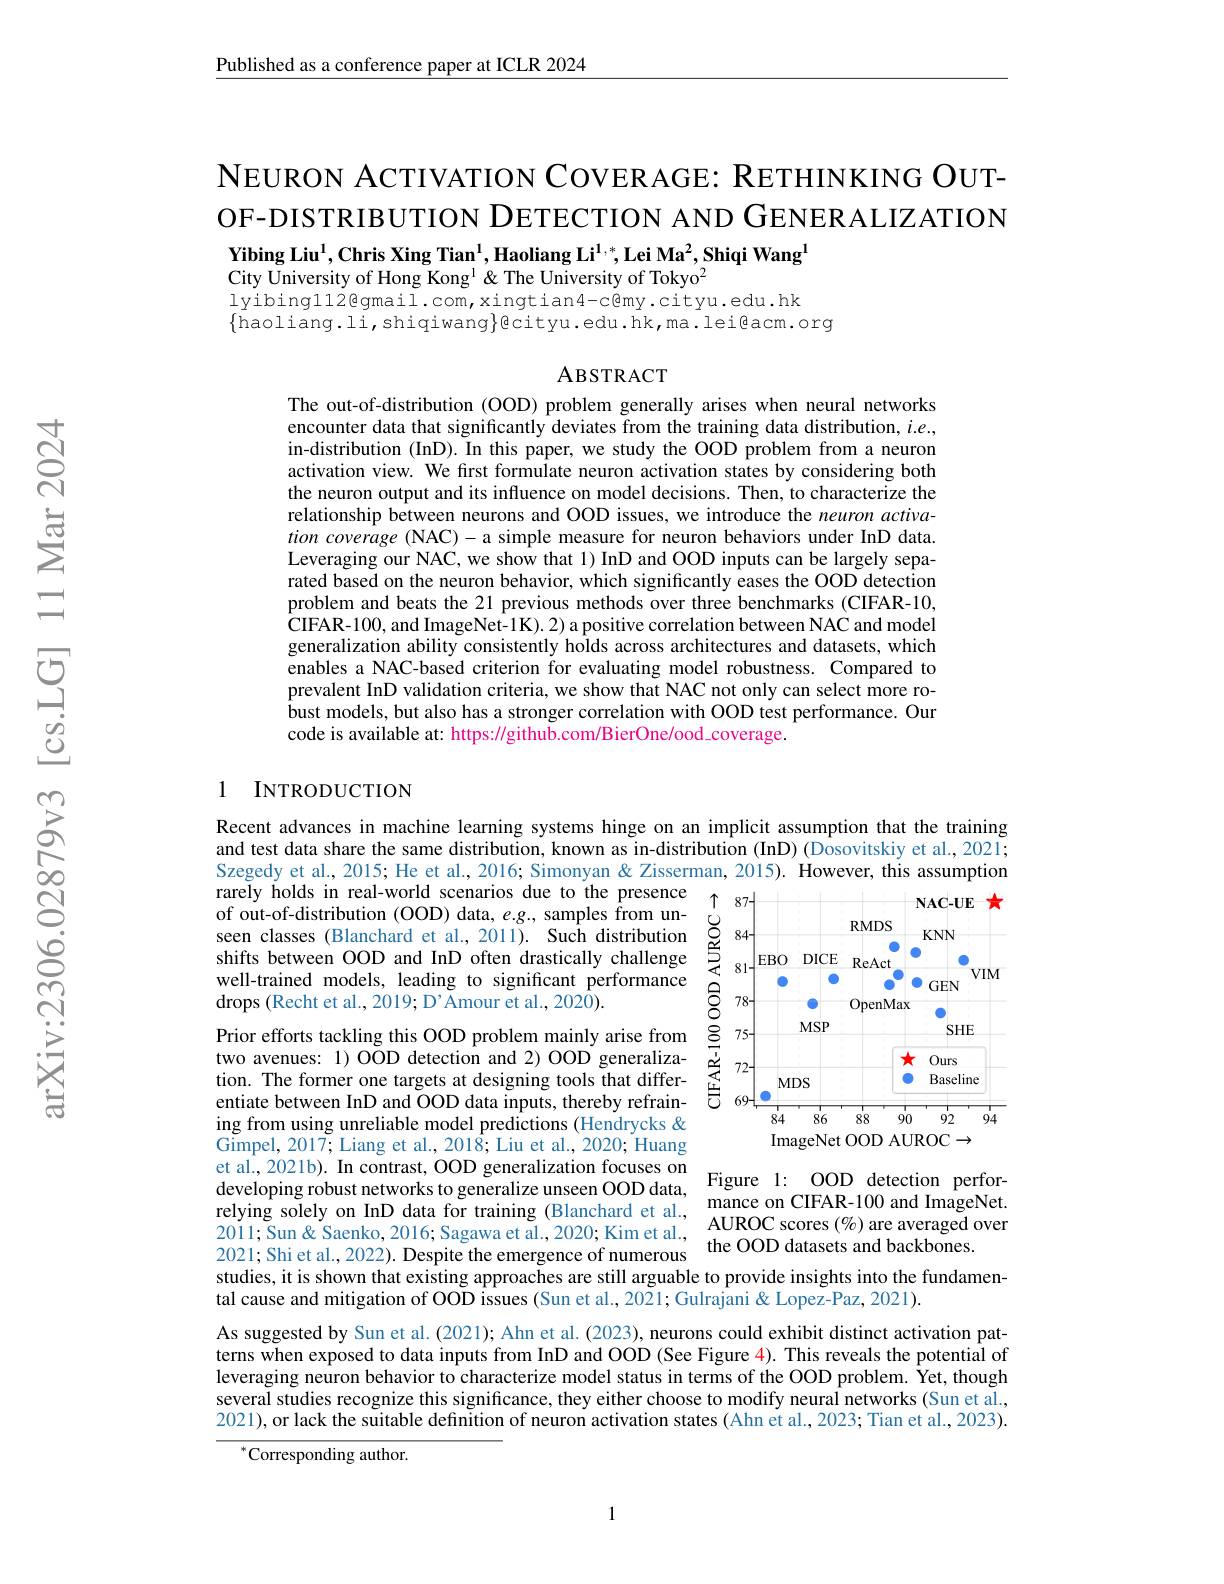
Published as a conference paper at ICLR 2024

NEURON ACTIVATION COVER AGE: RETHINKING OUTOF-DISTRIBUTION DETECTION AND GENERALIZATION Yibing Liu$^1$,Chris Xing Tian$^1$,Haoliang Li$^1,*$,Lei Ma$^2$,Shiqi Wang$^1$
City University of Hong Kong l & The University of Tokyo$^2$

lyibingll2@gmail.com,xingtian4-c@my.cityu.edu.hk
$\{$haoliang.li,shiqiwang$\}$@cityu.edu.hk,ma.lei@acm.org

### ABSTRACT

The out-of-distribution (OOD) problem generally arises when neural networks encounter data that significantly deviates from the training data distribution, $i.e.$, in-distribution (InD). In this paper, we study the OOD problem from a neuron activation view. We frst formulate neuron activation states by considering both the neuron output and its influence on model decisions. Then, to characterize the relationship between neurons and OOD issues, we introduce the neuron activation coverage (NAC)-a simple measure for neuron behaviors under InD data. Leveraging our NAC, we show that 1) InD and OOD inputs can be largely separated based on the neuron behavior, which significantly eases the OOD detection problem and beats the 21 previous methods over three benchmarks (CIFAR-10, $\hat{\mathbf{C}}$IFAR-100, and ImageNet-1K). 2) a positive correlation between NAC and model generalization ability consistently holds across architectures and datasets, which enables a NAC-based criterion for evaluating model robustness. Compared to prevalent InD validation criteria, we show that NAC not only can select more ro- $\hat{b}$ust models, but also has a stronger correlation with OOD test performance. Our code is available at: https://github.com/BierOne/ood\_coverage.

### 1 INTRODUCTION

Recent advances in machine learning systems hinge on an implicit assumption that the training and test data share the same distribution, known as in-distribution (InD) (Dosovitskiy et al., 2021; Szegedy et al., 2015; He et al., 2016; Simonyan & Zisserman, 2015). However, this assumption rarely holds in real-world scenarios due to the presence

<FigureHere>
ImageNet OOD AUROC$\rightarrow$

of out-of-distribution (OOD) data, $e.g.$, samples from unseen classes (Blanchard et al., 2011). Such distribution shifts between OOD and InD often drastically challenge well-trained models, leading to significant performance drops (Recht et al., 2019; D'Amour et al., 2020).
Prior efforts tackling this OOD problem mainly arise from two avenues: 1) OOD detection and 2) OOD generalization. The former one targets at designing tools that differentiate between InD and OOD data inputs, thereby refraining from using unreliable model predictions (Hendrycks & Gimpel, 2017; Liang et al., 2018; Liu et al., 2020; Huang etal, 2021b). In contrast, OOD generalization focuses on Figure l: OOD detection perfordeveloping robust networks to generalize unseen OOD data, Figure l: OOD detection perforrelying solely on InD data for training (Blanchard et la, AUROC score studies, it is shown that existing approaches are still arguable to provide insights into the fundamental cause and mitigation of OOD issues (Sun et al., 2021; Gulrajani & Lopez-Paz, 2021).
As suggested by Sun et al. (2021); Ahn et al. (2023), neurons could exhibit distinct activation patterns when exposed to data inputs from InD and OOD (See Figure 4). This reveals the potential of leveraging neuron behavior to characterize model status in terms of the OOD problem. Yet, though

several studies recognize this significance, they either choose to modify neural networks (Sun et al, 2021), or lack the suitable definition of neuron activation states (Ahn et al., 2023; Tian et al., 2023).

${}^{*}$Corresponding author.

1